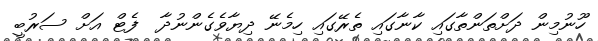
ހޫނުމިން ދަށްތަންތާގައި ކާނާގައި ތެރޭގައި ހިމެނޭ ދިޔާވެގެންނުދާ  ފެޓް އަށް ސަރުބީ